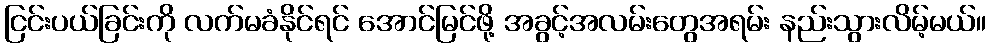
ငြင်းပယ်ခြင်းကို လက်မခံနိုင်ရင် အောင်မြင်ဖို့ အခွင့်အလမ်းတွေအရမ်း နည်းသွားလိမ့်မယ်။